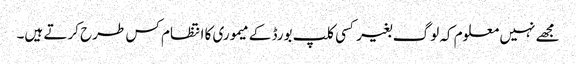
مجھے نہیں معلوم کہ لوگ بغیر کسی کلپ بورڈ کے میموری کا انتظام کس طرح کرتے ہیں۔